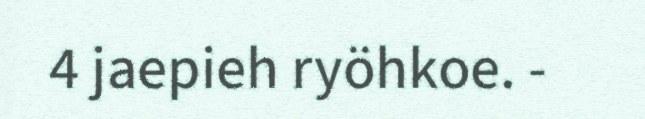
4 jaepieh ryöhkoe. -